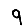
Digit: 9